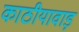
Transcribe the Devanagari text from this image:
काठीयावाड़